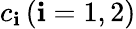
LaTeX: c_{\mathbf{i}}\, (\mathbf{i}=1,2)